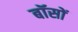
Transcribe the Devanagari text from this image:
बॉसों